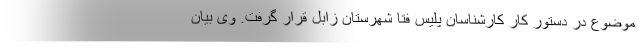
موضوع در دستور کار کارشناسان پلیس فتا شهرستان زابل قرار گرفت. وی بیان